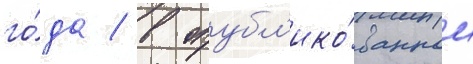
го́да / в опубл'ико́ванном